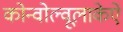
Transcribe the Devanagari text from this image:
कोन्वोल्वूलाकेऐ